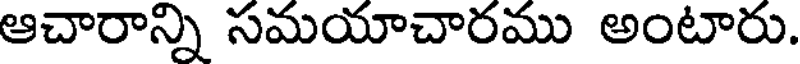
ఆచారాన్ని సమయాచారము అంటారు.